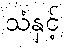
သံနှင့်